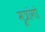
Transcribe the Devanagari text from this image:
मूत्रांगो